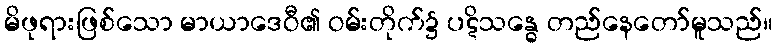
မိဖုရားဖြစ်သော မာယာဒေဝီ၏ ဝမ်းတိုက်၌ ပဋိသန္ဓေ တည်နေတော်မူသည်။